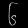
Digit: ၆